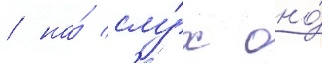
/ на́ слу́х оно́